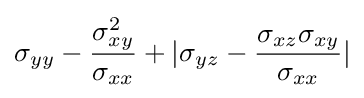
\sigma _{yy}-{\frac {\sigma _{xy}^{2}}{\sigma _{xx}}}+|\sigma _{yz}-{\frac {\sigma _{xz}\sigma _{xy}}{\sigma _{xx}}}|